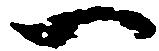
一